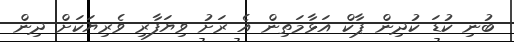
ބުނި ކުޑަ ކުދިން ޕާކް އަޅާމަތިން އެ ރަށު ވިޔަފާރި ވެރިޔަކަށް ދިން